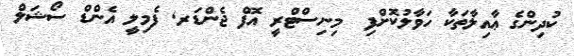
ކުދިންގެ ޢާއިލާތަކާ ހަވާލުކޮށްފި  މިނިސްޓްރީ އޮފް ޖެންޑަރ